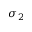
\sigma _ { 2 }